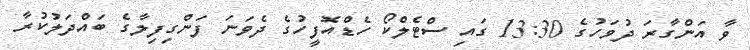
ވާ އަންގާރަ ދުވަހުގެ 13:30 ގައި ސްޓެލްކޯ ހެޑްއޮފީހުގެ ދެވަނަ ފަންގިފިލާގެ ބައްދަލުކުރާ